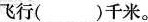
飞行()千米。